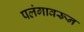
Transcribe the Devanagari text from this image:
पलंगावरून